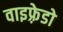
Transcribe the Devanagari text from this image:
वाइफ़्रेडो